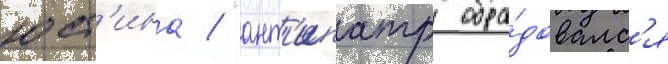
юст'ина / "ант'ипатр обра́довалс'я